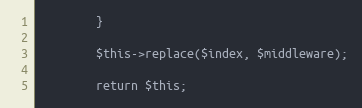
Language: PHP
        }

        $this->replace($index, $middleware);

        return $this;